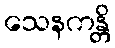
သေနကန္တိ